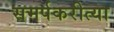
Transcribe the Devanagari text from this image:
समर्पकरीत्या